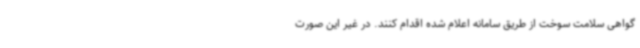
گواهی سلامت سوخت از طریق سامانه اعلام شده اقدام کنند. در غیر این صورت